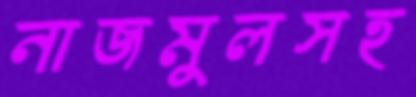
নাজমুলসহ